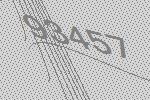
93457